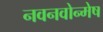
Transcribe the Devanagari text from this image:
नवनवोन्मेष